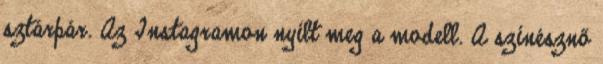
sztárpár. Az Instagramon nyílt meg a modell. A színésznő